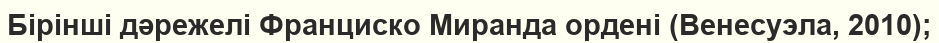
Бірінші дәрежелі Франциско Миранда ордені (Венесуэла, 2010);